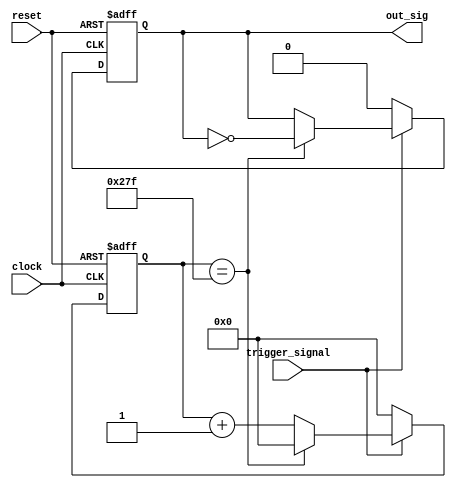
///////////////////////////////////////////////////////////////////////////////////////////////////
// Company: <Name>
//
// File history:
//      <Revision number>: <Date>: <Comments>
//      <Revision number>: <Date>: <Comments>
//      <Revision number>: <Date>: <Comments>
//
// Description: 
//
// <Description here>
//
// Targeted device: <Family::IGLOO> <Die::AGLN250V2> <Package::100 VQFP>
//
/////////////////////////////////////////////////////////////////////////////////////////////////// 
//`timescale <time_units> / <precision>

module data_loader( clock, reset, trigger_signal, out_sig );
input clock, reset, trigger_signal;
output reg out_sig;

reg[11:0] counter;

always @(posedge clock or negedge reset)
begin
    if (!reset)
    begin
        counter <= 0;
        out_sig <= 0;
    end
    else if (trigger_signal)
    begin
        if (counter==12'd639)
        begin
            counter <= 0;            
            out_sig <= ~out_sig;
        end
        else
        begin
            counter <= counter+1;
            out_sig <= out_sig;
        end
    end
    else
    begin
        counter <= 0;
        out_sig <= 0;
    end
end

endmodule